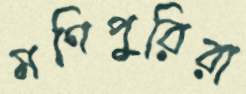
মণিপুরিরা